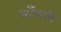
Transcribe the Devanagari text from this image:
आँकती